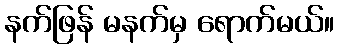
နက်ဖြန် မနက်မှ ရောက်မယ်။